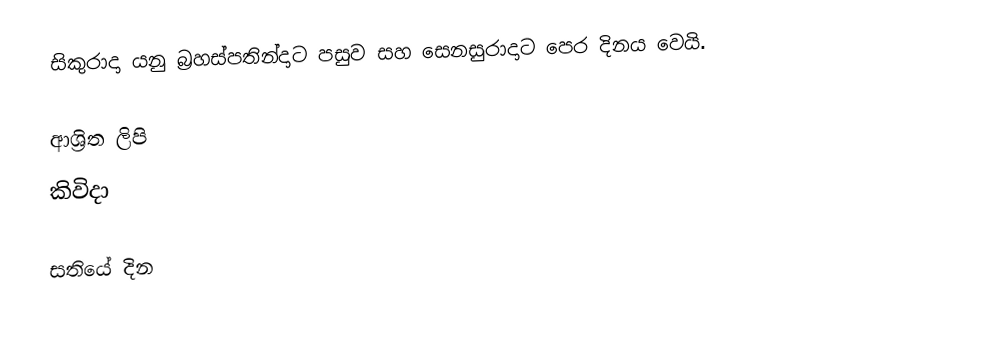
සිකුරාදා යනු  බ්‍රහස්පතින්දාට පසුව සහ  සෙනසුරාදාට පෙර දිනය වෙයි.

ආශ්‍රිත ලිපි
 කිවිදා

සතියේ දින